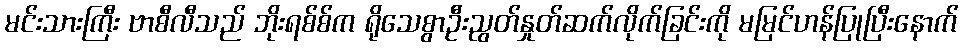
မင်းသားကြီး ဗာစီလီသည် ဘိုးရစ်စ်က ရိုသေစွာဦးညွတ်နှုတ်ဆက်လိုက်ခြင်းကို မမြင်ဟန်ပြုပြီးနောက်